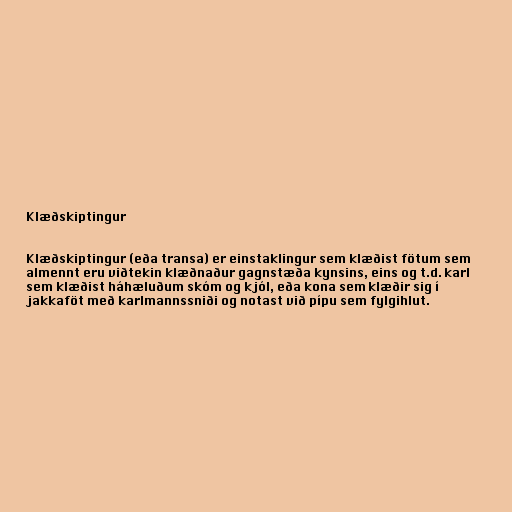
Klæðskiptingur

Klæðskiptingur (eða transa) er einstaklingur sem klæðist fötum sem
almennt eru viðtekin klæðnaður gagnstæða kynsins, eins og t.d. karl
sem klæðist háhæluðum skóm og kjól, eða kona sem klæðir sig í
jakkaföt með karlmannssniði og notast við pípu sem fylgihlut.